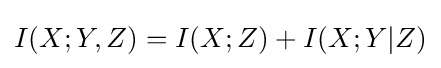
I(X;Y,Z)=I(X;Z)+I(X;Y|Z)